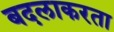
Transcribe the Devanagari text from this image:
बदलाकरता